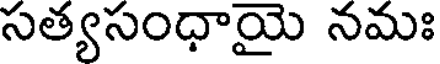
సత్యసంధాయై నమః